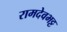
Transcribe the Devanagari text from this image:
रामदेवभट्ट